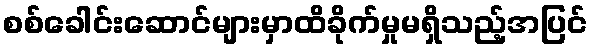
စစ်ခေါင်းဆောင်များမှာထိခိုက်မှုမရှိသည့်အပြင်